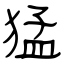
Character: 猛